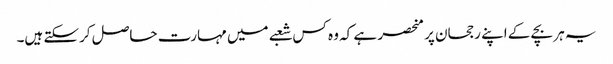
یہ ہر بچے کے اپنے رجحان پر منحصر ہے کہ وہ کس شعبے میں مہارت حاصل کرسکتے ہیں۔